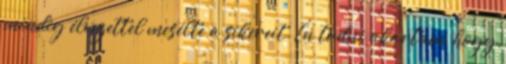
mindig élvezettel mesélte a sikereit. Én tudni akartam, hogy